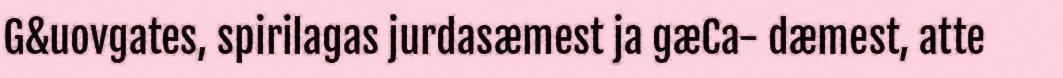
G&uovgates, spirilagas jurdasæmest ja gæCa- dæmest, atte